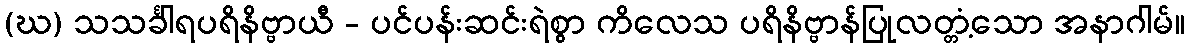
(ဃ) သသင်္ခါရပရိနိဗ္ဗာယီ - ပင်ပန်းဆင်းရဲစွာ ကိလေသ ပရိနိဗ္ဗာန်ပြုလတ္တံ့သော အနာဂါမ်။